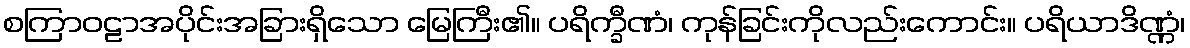
စကြာဝဠာအပိုင်းအခြားရှိသော မြေကြီး၏။ ပရိက္ခီဏံ၊ ကုန်ခြင်းကိုလည်းကောင်း။ ပရိယာဒိဏ္ဏံ၊